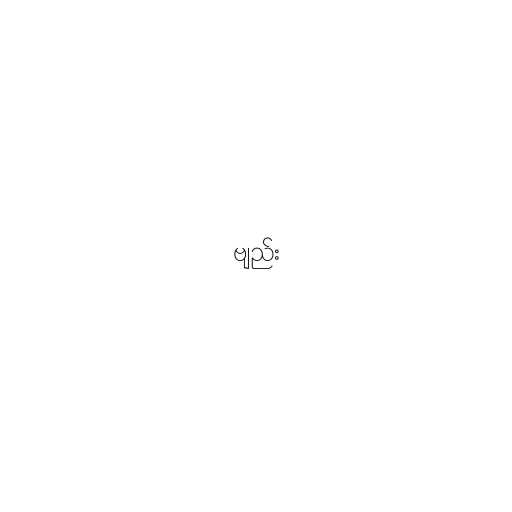
ဗျည်း